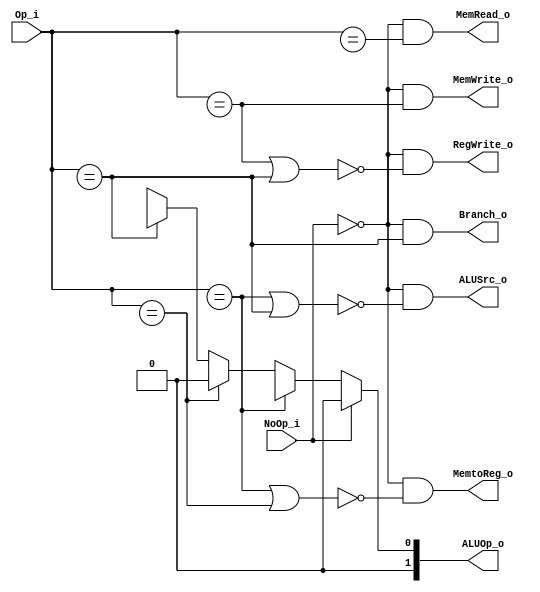
module Control
(
    NoOp_i,
    Op_i, 
    RegWrite_o,
    MemtoReg_o,
    MemRead_o,
    MemWrite_o,
    ALUOp_o,
    ALUSrc_o,
    Branch_o
);

// Ports
input               NoOp_i;
input   [6:0]       Op_i;
output              RegWrite_o;
output              MemtoReg_o;
output              MemRead_o;
output              MemWrite_o;
output  [1:0]       ALUOp_o;
output              ALUSrc_o;
output              Branch_o;

assign RegWrite_o = ~NoOp_i && ~(Op_i == CPU.OP_STORE || Op_i == CPU.OP_BRANCH);
assign MemtoReg_o = ~NoOp_i && ~(Op_i == CPU.OP_RTYPE || Op_i == CPU.OP_ITYPE);
assign MemRead_o = ~NoOp_i && (Op_i == CPU.OP_LOAD);
assign MemWrite_o = ~NoOp_i && (Op_i == CPU.OP_STORE);
assign ALUOp_o = 
    (NoOp_i) ? 2'b00 :
    (Op_i == CPU.OP_RTYPE) ? ALU_Control.ALUOp_RType :
    (Op_i == CPU.OP_ITYPE) ? ALU_Control.ALUOp_IType :
    (Op_i == CPU.OP_BRANCH) ? ALU_Control.ALUOp_Subtract :
    ALU_Control.ALUOp_Add;
assign ALUSrc_o = ~NoOp_i && ~(Op_i == CPU.OP_RTYPE || Op_i == CPU.OP_BRANCH);
assign Branch_o = ~NoOp_i && (Op_i == CPU.OP_BRANCH);

endmodule